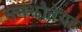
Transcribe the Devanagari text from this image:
समझौतेयह